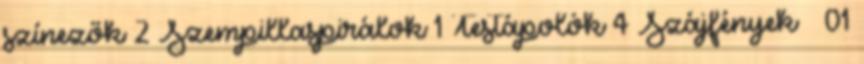
színezők 2 Szempillaspirálok 1 Testápolók 4 Szájfények 01